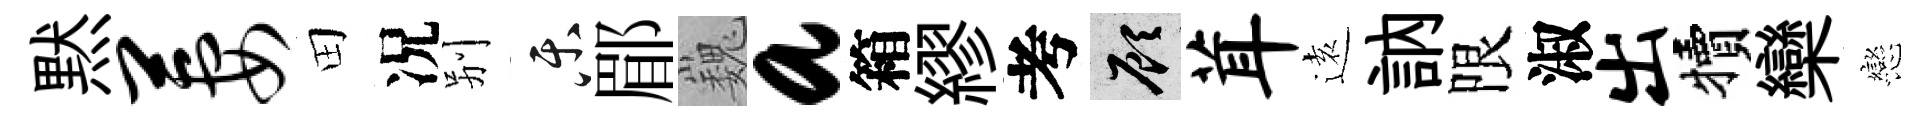
黙萋田况别乐郿巍a箱繆考顧茸逺訥限淑出犢欒戀